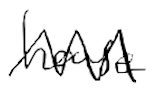
Text: house
Cross-out: zig-zag
Writing tool: digital_black